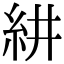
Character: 𮈃